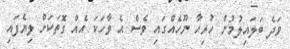
ވަދެ ބަލައިލުމުން ހުރިހާ ނޫހެއްގައި ވެސް އެ ވާހަކަ އެއް ގޮތަކަށް ލިޔެފައި